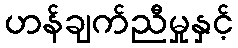
ဟန်ချက်ညီမှုနှင့်